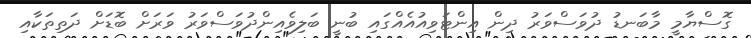
ގޮސްޔާމީ މާބަނޑު ދުވަސްވަރު ދިން އިންޓަވިއުއެއްގައި ބުނީ ބަލިވެއިންދުވަސްވަރު ވަރަށް ބޮޑަށް ދަތިތަކާއި